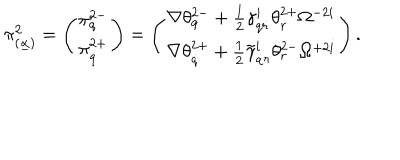
LaTeX: \pi _ { ( \underline { { \alpha } } ) } ^ { 2 } = \left( \pi _ { q } ^ { 2 - } \atop \pi _ { \dot { q } } ^ { 2 + } \right) = \left( \nabla \theta _ { q } ^ { 2 - } + \frac 1 2 \gamma _ { q \dot { r } } ^ { i } \theta _ { \dot { r } } ^ { 2 + } \Omega ^ { - 2 i } \atop \nabla \theta _ { \dot { q } } ^ { 2 + } + \frac 1 2 \tilde { \gamma } _ { \dot { q } r } ^ { i } \theta _ { r } ^ { 2 - } \Omega ^ { + 2 i } \right) .